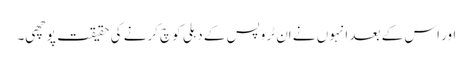
اور اس کے بعد انہوں نے اِن ٹروپس کے دہلی کوچ کرنے کی حقیقت پوچھی۔